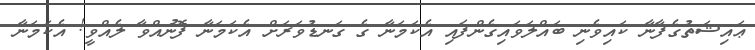
ޢައިޝަތުގެފާނާ ކައިވެނި ބައްލަވައިގެންފައި އެކަމަނާ ގެ ގަނޑުވަރަށް އެކަމަނާ ފޮނުއްވާ ލެއްވީ! އެކަމަނާ